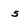
Character: 5